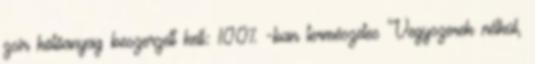
zsír kötőanyag beszerzett kell: 100% -ban természetes Vegyszerek nélkül,